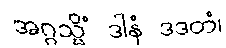
အဂ္ဂသ္မိံ ဒါနံ ဒဒတံ၊